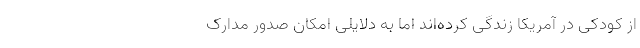
از کودکی در آمریکا زندگی کرده‌اند اما به دلایلی امکان صدور مدارک